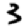
Digit: 3